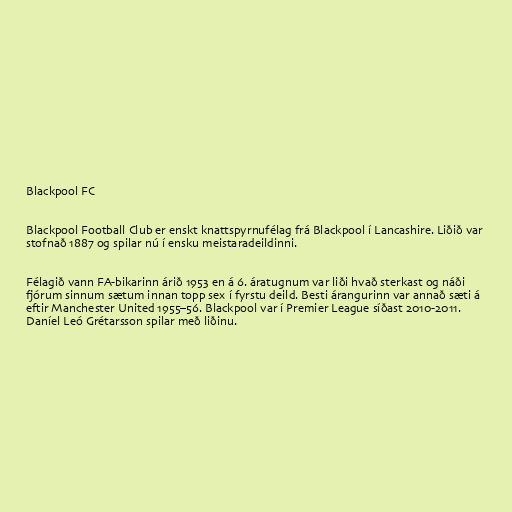
Blackpool FC

Blackpool Football Club er enskt knattspyrnufélag frá Blackpool í Lancashire. Liðið var
stofnað 1887 og spilar nú í ensku meistaradeildinni.

Félagið vann FA-bikarinn árið 1953 en á 6. áratugnum var liði hvað sterkast og náði
fjórum sinnum sætum innan topp sex í fyrstu deild. Besti árangurinn var annað sæti á
eftir Manchester United 1955–56. Blackpool var í Premier League síðast 2010-2011.
Daníel Leó Grétarsson spilar með liðinu.